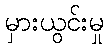
မှားယွင်းမှု